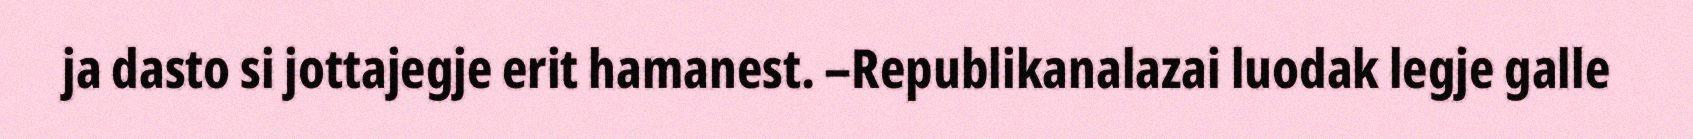
ja dasto si jottajegje erit hamanest. –Republikanalazai luodak legje galle